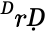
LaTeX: ^ḊrḌ